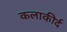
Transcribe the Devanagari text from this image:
कलाकीर्द